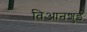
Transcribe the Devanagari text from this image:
तिआनशुई